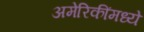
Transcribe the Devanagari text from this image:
अमेरिकींमध्ये